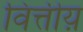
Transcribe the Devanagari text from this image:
वित्तीय़